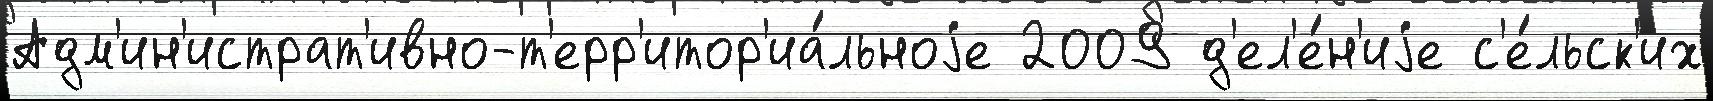
Адм'ин'истрат'ивно-т'ерр'итор'иа́льноjе 2009 д'ел'е́н'иjе с'е́льск'их